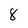
Character: 8